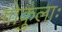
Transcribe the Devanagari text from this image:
गोकुलाः